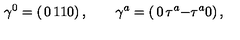
\gamma ^ { 0 } = \left( \begin{matrix} { 0 } & { 1 } \\ { 1 } & { 0 } \\ \end{matrix} \right) , \qquad \gamma ^ { a } = \left( \begin{matrix} { 0 } & { \tau ^ { a } } \\ { - \tau ^ { a } } & { 0 } \\ \end{matrix} \right) ,